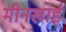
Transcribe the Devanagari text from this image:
मीनखाई